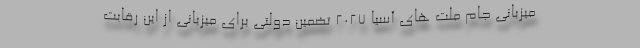
میزبانی جام ملت های آسیا 2027 تضمین دولتی برای میزبانی از این رقابت